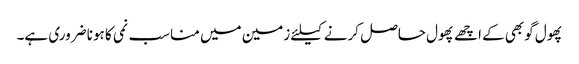
پھول گوبھی کے اچھے پھول حاصل کرنے کیلئے زمین میں مناسب نمی کا ہونا ضروری ہے۔